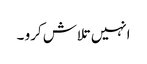
انہیں تلاش کرو ۔